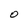
Character: O